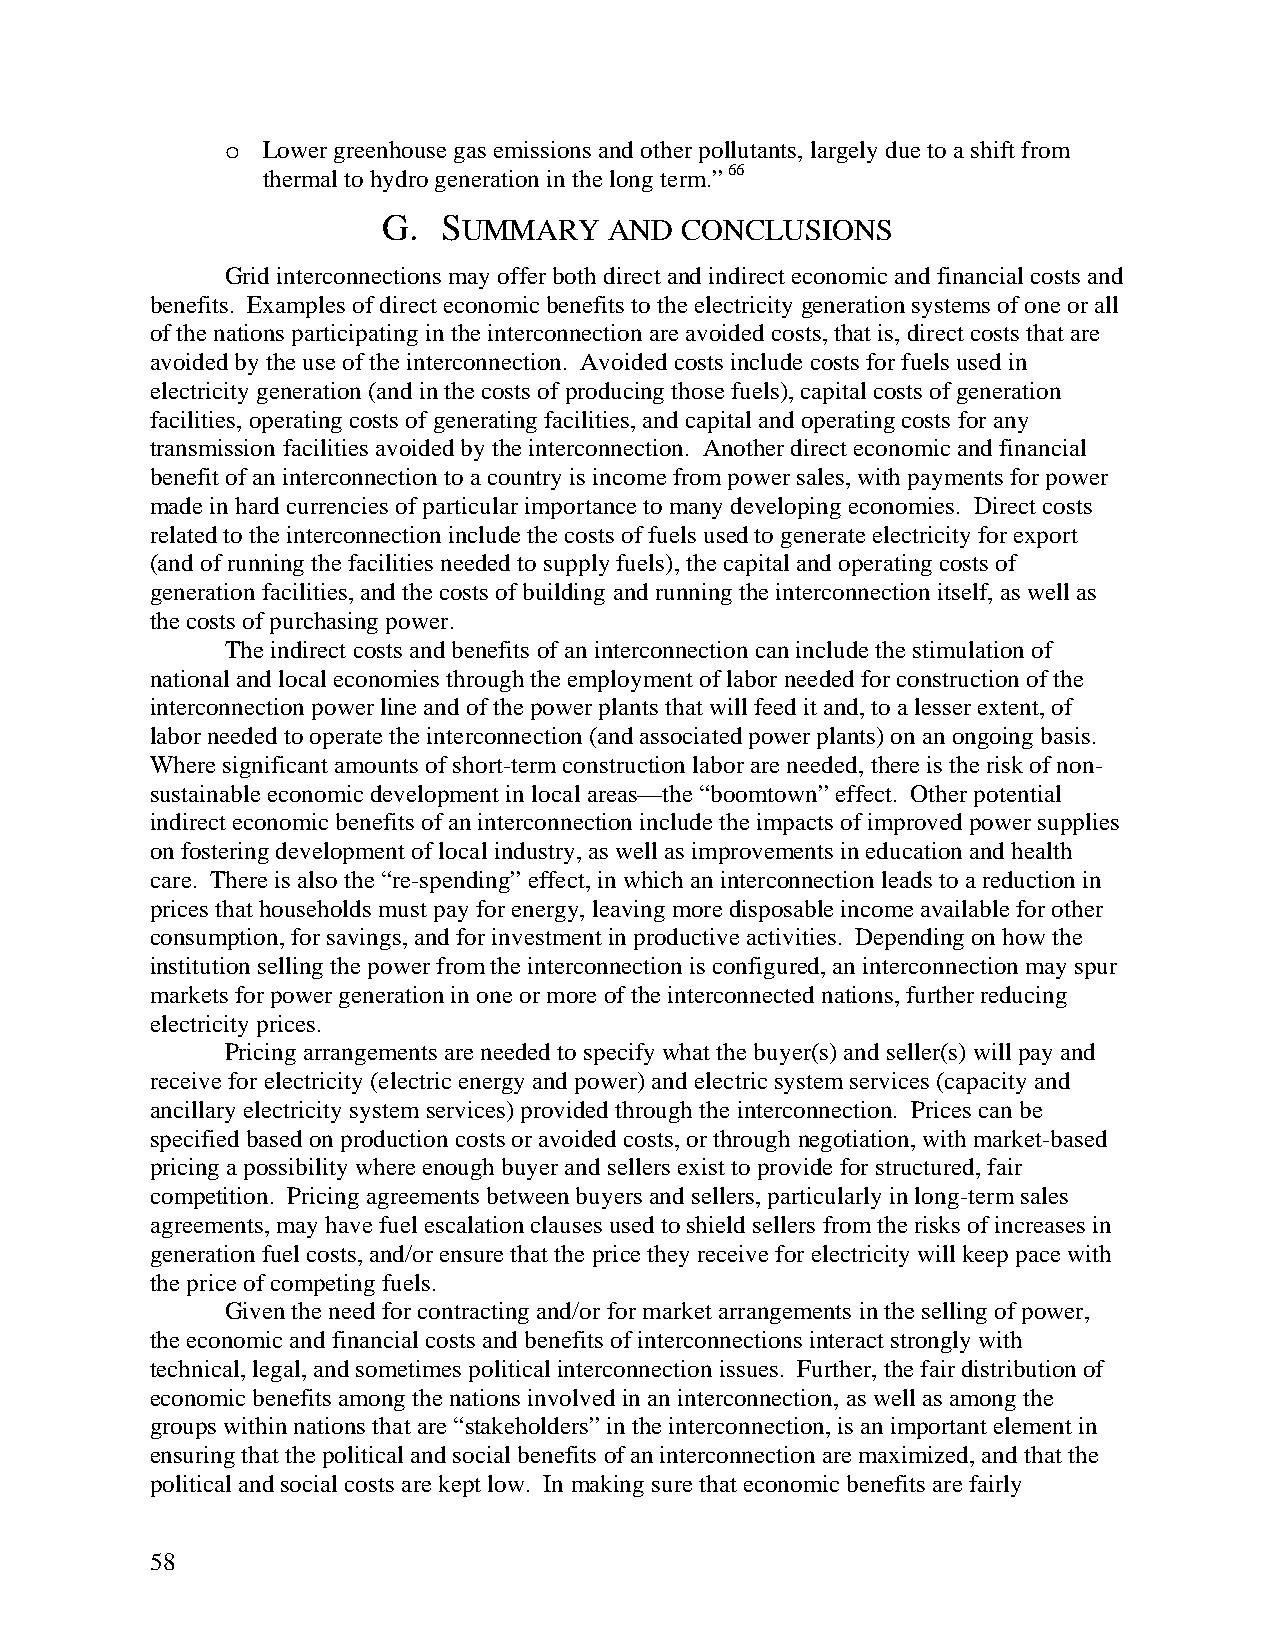
o Lower greenhouse gas emissions and other pollutants, largely due to a shift from
 thermal to hydro generation in the long term.” 66
 G.  SUMMARY    AND  CONCLUSIONS
 Grid interconnections may offer both direct and indirect economic and financial costs and
 benefits. Examples of direct economic benefits to the electricity generation systems of one or all
 of the nations participating in the interconnection are avoided costs, that is, direct costs that are
 avoided by the use of the interconnection. Avoided costs include costs for fuels used in
 electricity generation (and in the costs of producing those fuels), capital costs of generation
 facilities, operating costs of generating facilities, and capital and operating costs for any
 transmission facilities avoided by the interconnection. Another direct economic and financial
 benefit of an interconnection to a country is income from power sales, with payments for power
 made in hard currencies of particular importance to many developing economies. Direct costs
 related to the interconnection include the costs of fuels used to generate electricity for export
 (and of running the facilities needed to supply fuels), the capital and operating costs of
 generation facilities, and the costs of building and running the interconnection itself, as well as
 the costs of purchasing power.
 The indirect costs and benefits of an interconnection can include the stimulation of
 national and local economies through the employment of labor needed for construction of the
 interconnection power line and of the power plants that will feed it and, to a lesser extent, of
 labor needed to operate the interconnection (and associated power plants) on an ongoing basis.
 Where significant amounts of short-term construction labor are needed, there is the risk of non-
 sustainable economic development in local areas—the “boomtown” effect. Other potential
 indirect economic benefits of an interconnection include the impacts of improved power supplies
 on fostering development of local industry, as well as improvements in education and health
 care. There is also the “re-spending” effect, in which an interconnection leads to a reduction in
 prices that households must pay for energy, leaving more disposable income available for other
 consumption, for savings, and for investment in productive activities. Depending on how the
 institution selling the power from the interconnection is configured, an interconnection may spur
 markets for power generation in one or more of the interconnected nations, further reducing
 electricity prices.
 Pricing arrangements are needed to specify what the buyer(s) and seller(s) will pay and
 receive for electricity (electric energy and power) and electric system services (capacity and
 ancillary electricity system services) provided through the interconnection. Prices can be
 specified based on production costs or avoided costs, or through negotiation, with market-based
 pricing a possibility where enough buyer and sellers exist to provide for structured, fair
 competition. Pricing agreements between buyers and sellers, particularly in long-term sales
 agreements, may have fuel escalation clauses used to shield sellers from the risks of increases in
 generation fuel costs, and/or ensure that the price they receive for electricity will keep pace with
 the price of competing fuels.
 Given the need for contracting and/or for market arrangements in the selling of power,
 the economic and financial costs and benefits of interconnections interact strongly with
 technical, legal, and sometimes political interconnection issues. Further, the fair distribution of
 economic benefits among the nations involved in an interconnection, as well as among the
 groups within nations that are “stakeholders” in the interconnection, is an important element in
 ensuring that the political and social benefits of an interconnection are maximized, and that the
 political and social costs are kept low. In making sure that economic benefits are fairly
 58